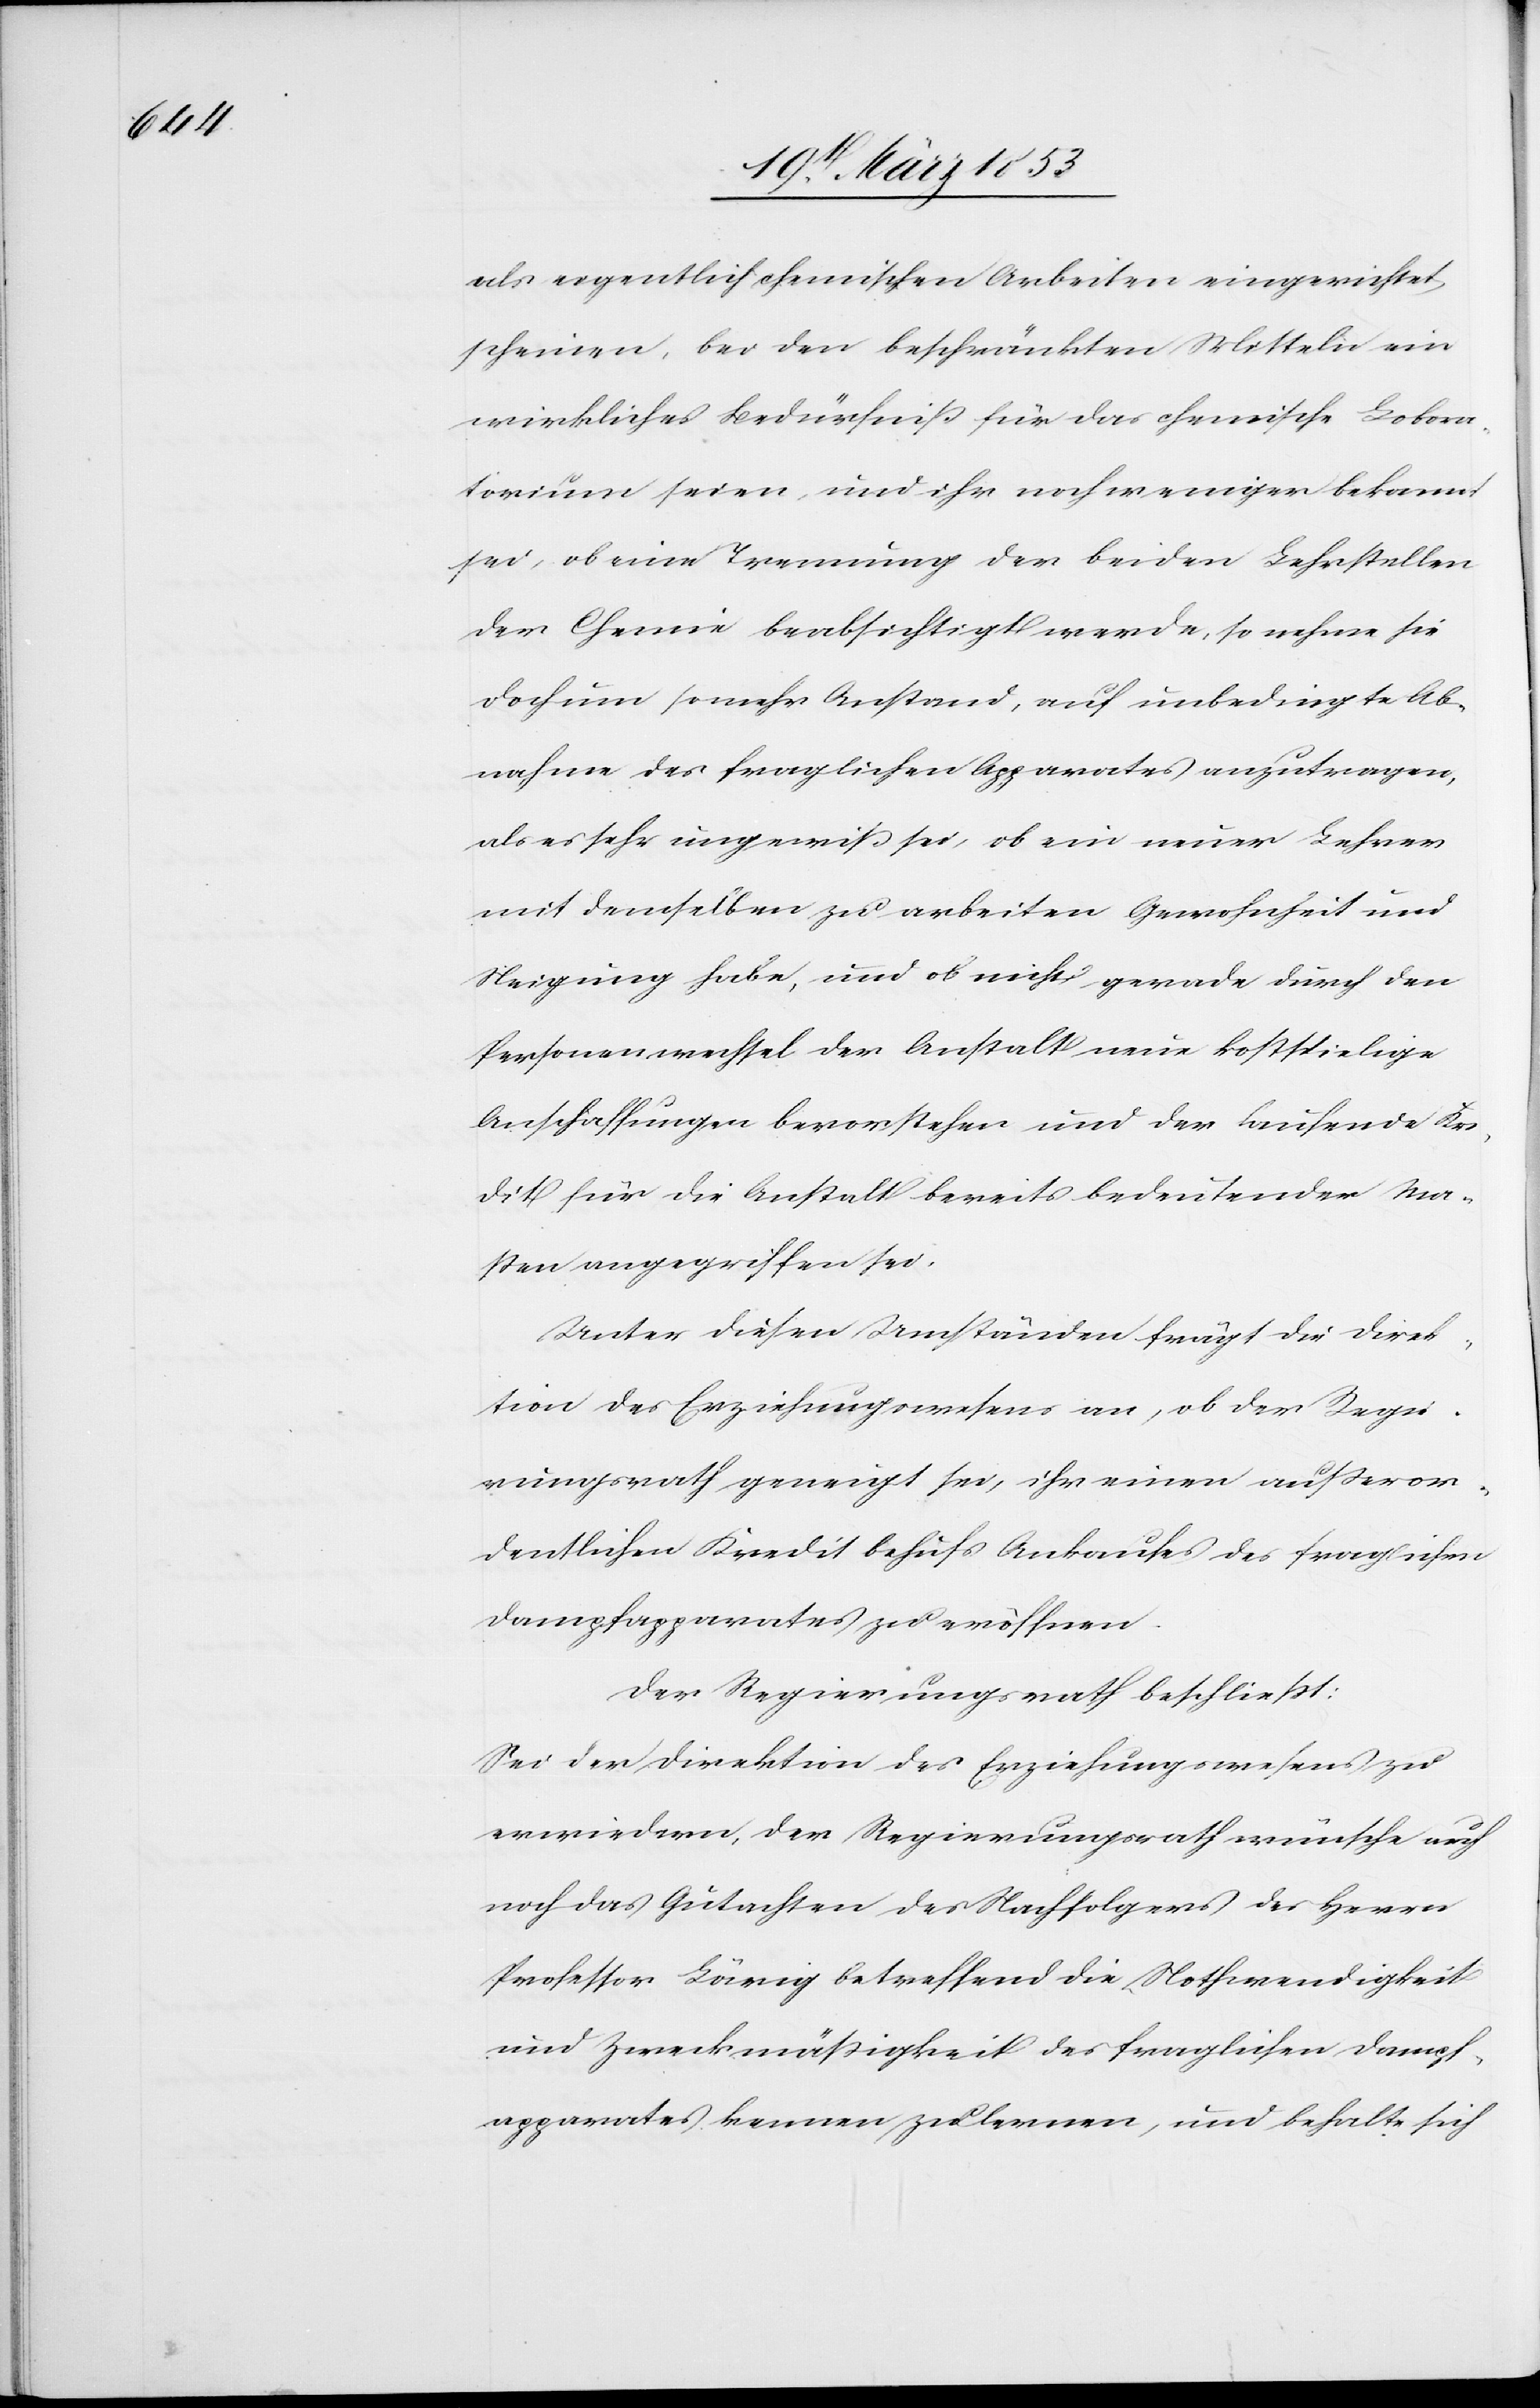
als eigentlich chemischen Arbeiten eingerichtet
scheinen, bei den beschränkten Mitteln ein
wirkliches Bedürfniß für das chemische Labora¬
torium seien, und ihr noch weniger bekannt
sei, ob eine Trennung der beiden Lehrstellen
der Chemie beabsichtigt werde, so nehme sie
doch um so mehr Anstand, auf unbedingte Ab¬
nahme der fraglichen Apparates anzutragen,
als es sehr ungewiß sei, ob ein neuer Lehrer
mit demselben zu arbeiten Gewohnheit und
Neigung habe, und ob nicht gerade durch den
Personenwechsel der Anstalt neue kostspielige
Anschaffungen bevorstehen und der laufende Kre¬
dit für die Anstalt bereits bedeutender Ma¬
ßen angegriffen sei.
Unter diesen Umständen frägt die Direk¬
tion des Erziehungswesens an, ob der Regie¬
rungsrath geneigt sei, ihr einen außeror¬
dentlichen Kredit behufs Ankaufes des fraglichen
Dampfapparates zu eröffnen.
Der Regierungsrath beschließt:
Sei der Direktion des Erziehungswesens zu
erwiedern, der Regierungsrath wünsche auch
noch das Gutachten des Nachfolgers des Herrn
Professor Lärig betreffend die Nothwendigkeit
und Zweckmäßigkeit des fraglichen Dampf¬
apparates kennen zu lernen, und behalte sich